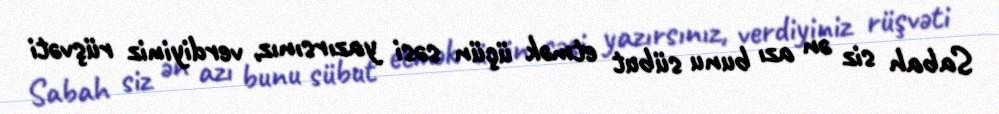
Sabah siz ən azı bunu sübut etmək üçün səsi yazırsınız, verdiyiniz rüşvəti